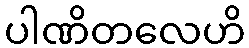
ပါဏိတလေဟိ